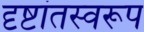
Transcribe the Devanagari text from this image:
दृष्टांतस्वरूप